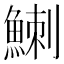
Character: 䱨